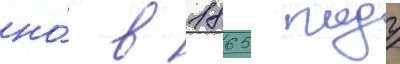
но́ в 1865 году